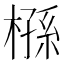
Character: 槂